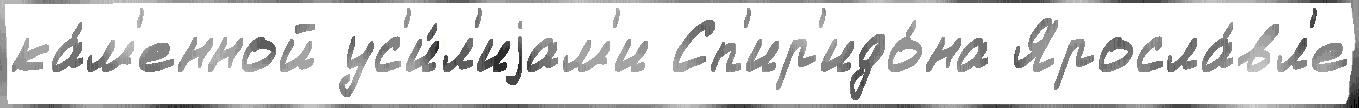
ка́м'енной ус'и́л'иjам'и Сп'ир'идо́на Яросла́вл'е